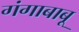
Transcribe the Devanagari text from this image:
गंगाबाबू